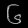
Digit: ၆